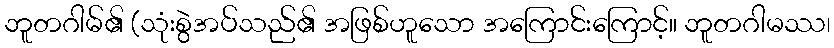
ဘူတဂါမ်၏ (သုံးစွဲအပ်သည်၏ အဖြစ်ဟူသော အကြောင်းကြောင့်။ ဘူတဂါမဿ၊